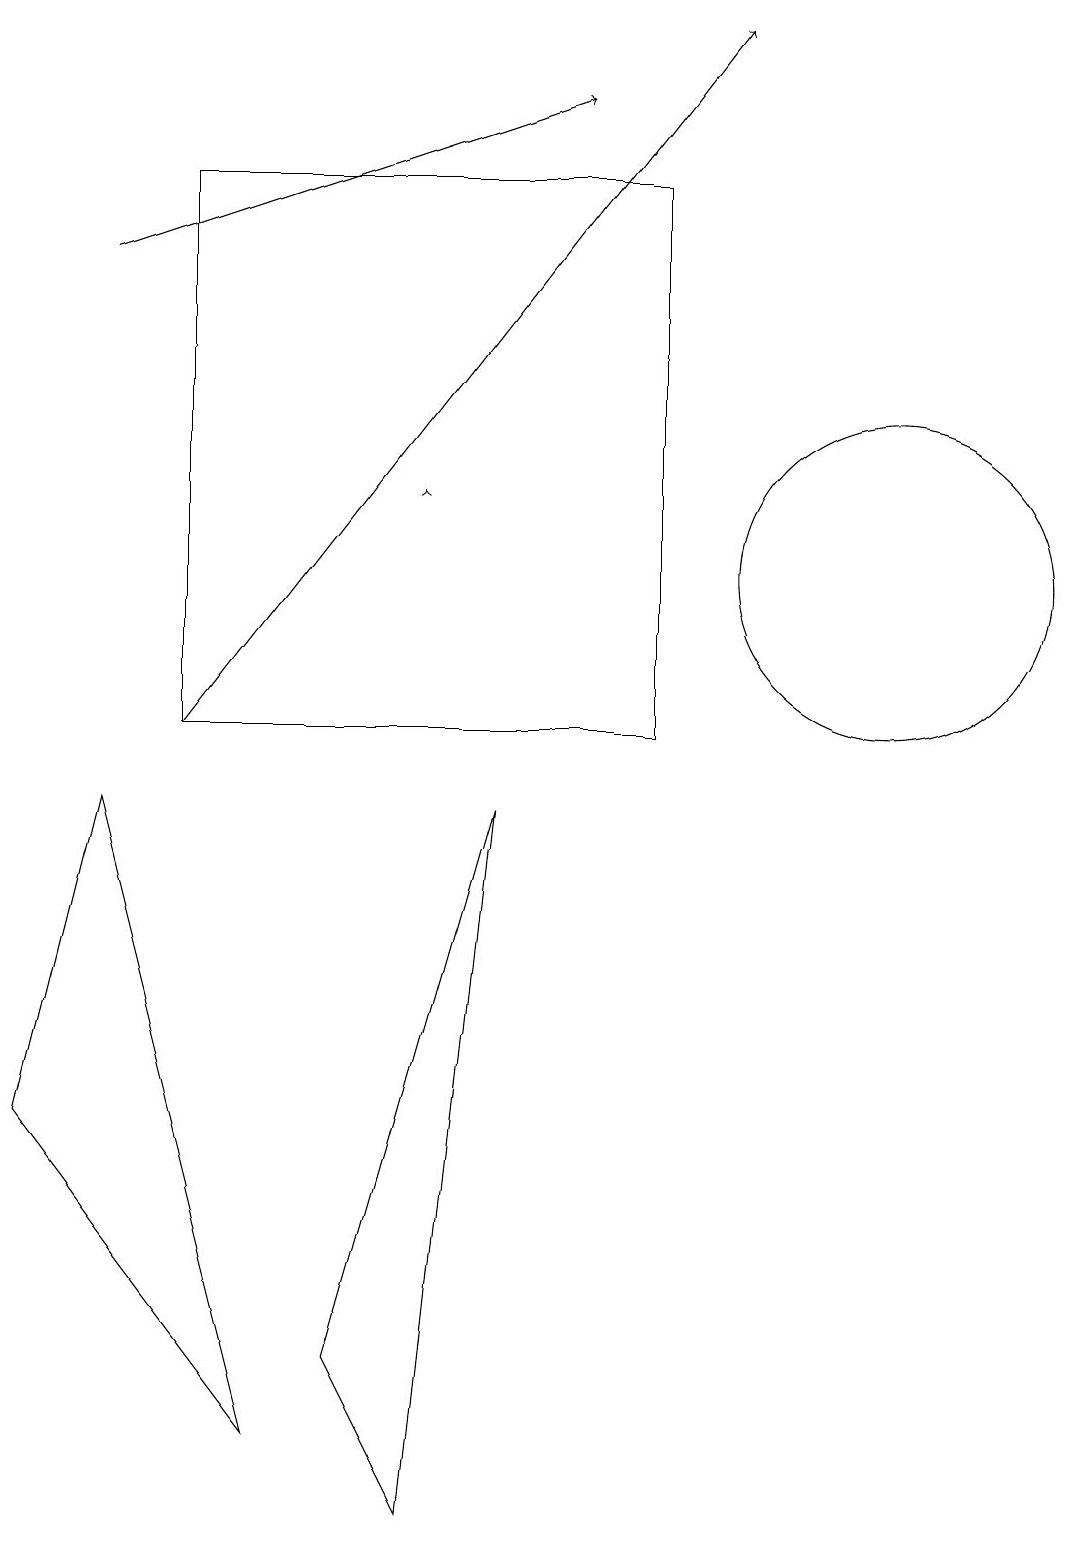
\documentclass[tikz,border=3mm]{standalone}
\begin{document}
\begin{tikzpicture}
\draw[->] (1,16) -- (7,18);
\draw (1,9) -- (3,1) -- (0,5) -- cycle;
\draw (11,12) circle (2);
\draw (2,17) rectangle (8,10);
\draw[->] (5,13) -- (5,13);
\draw[->] (2,10) -- (9,19);
\draw (6,9) -- (5,0) -- (4,2) -- cycle;
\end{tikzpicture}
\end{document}